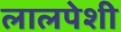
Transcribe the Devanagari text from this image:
लालपेशी